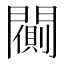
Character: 𨶨